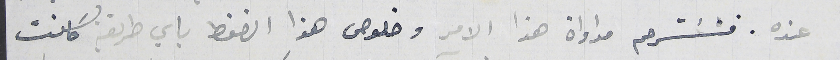
عنده. فنسترحم مداواة هذا الامر وخلوص هذا الضغط باي طريقة كانت